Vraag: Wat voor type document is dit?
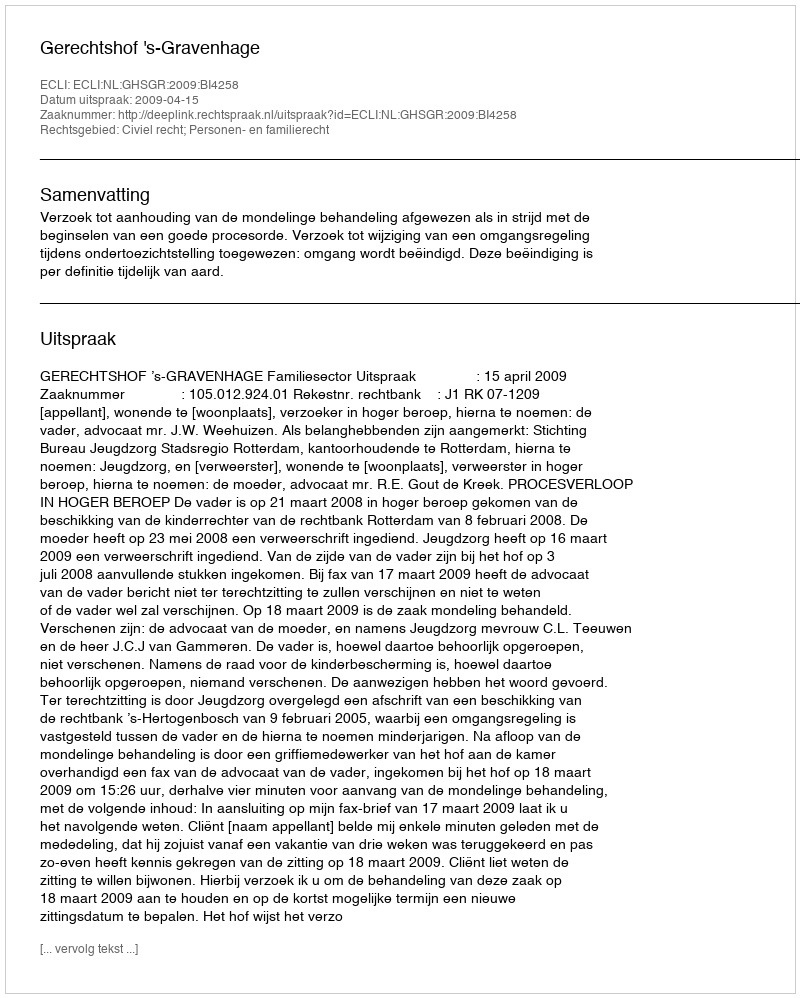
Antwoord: Uitspraak